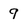
Character: 9